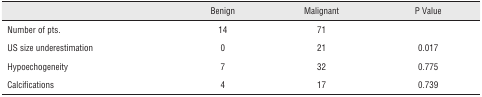
<table><thead><tr><td></td><td><b>Benign</b></td><td><b>Malignant</b></td><td><b>P Value</b></td></tr></thead><tbody><tr><td>Number of pts.</td><td>14</td><td>71</td><td></td></tr><tr><td>US size underestimation</td><td>0</td><td>21</td><td>0.017</td></tr><tr><td>Hypoechogeneity</td><td>7</td><td>32</td><td>0.775</td></tr><tr><td>Calcifications</td><td>4</td><td>17</td><td>0.739</td></tr></tbody></table>